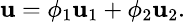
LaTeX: \small\textbf{u}=\phi_{1}\textbf{u}_{1}+\phi_{2}\textbf{u}_{2}.